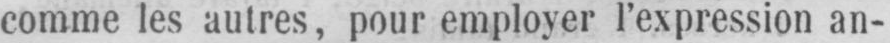
comme les autres, pour employer l’expression an-